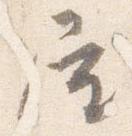
屋